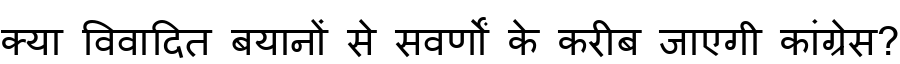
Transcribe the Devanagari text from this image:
क्या विवादित बयानों से सवर्णों के करीब जाएगी कांग्रेस?